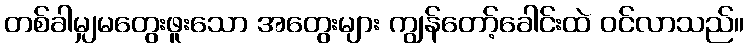
တစ်ခါမျှမတွေးဖူးသော အတွေးများ ကျွန်တော့်ခေါင်းထဲ ဝင်လာသည်။